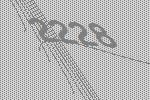
2228